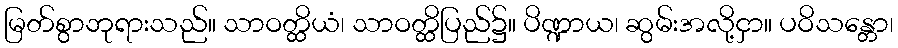
မြတ်စွာဘုရားသည်။ သာဝတ္ထိယံ၊ သာဝတ္ထိပြည်၌။ ပိဏ္ဍာယ၊ ဆွမ်းအလို့ငှာ။ ပဝိသန္တော၊